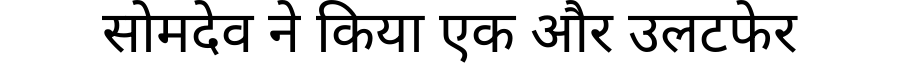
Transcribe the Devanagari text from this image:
सोमदेव ने किया एक और उलटफेर